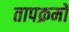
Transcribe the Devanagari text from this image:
तापक्रमों